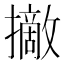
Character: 𢸑